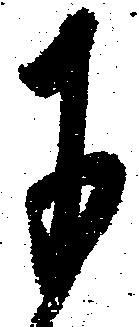
于